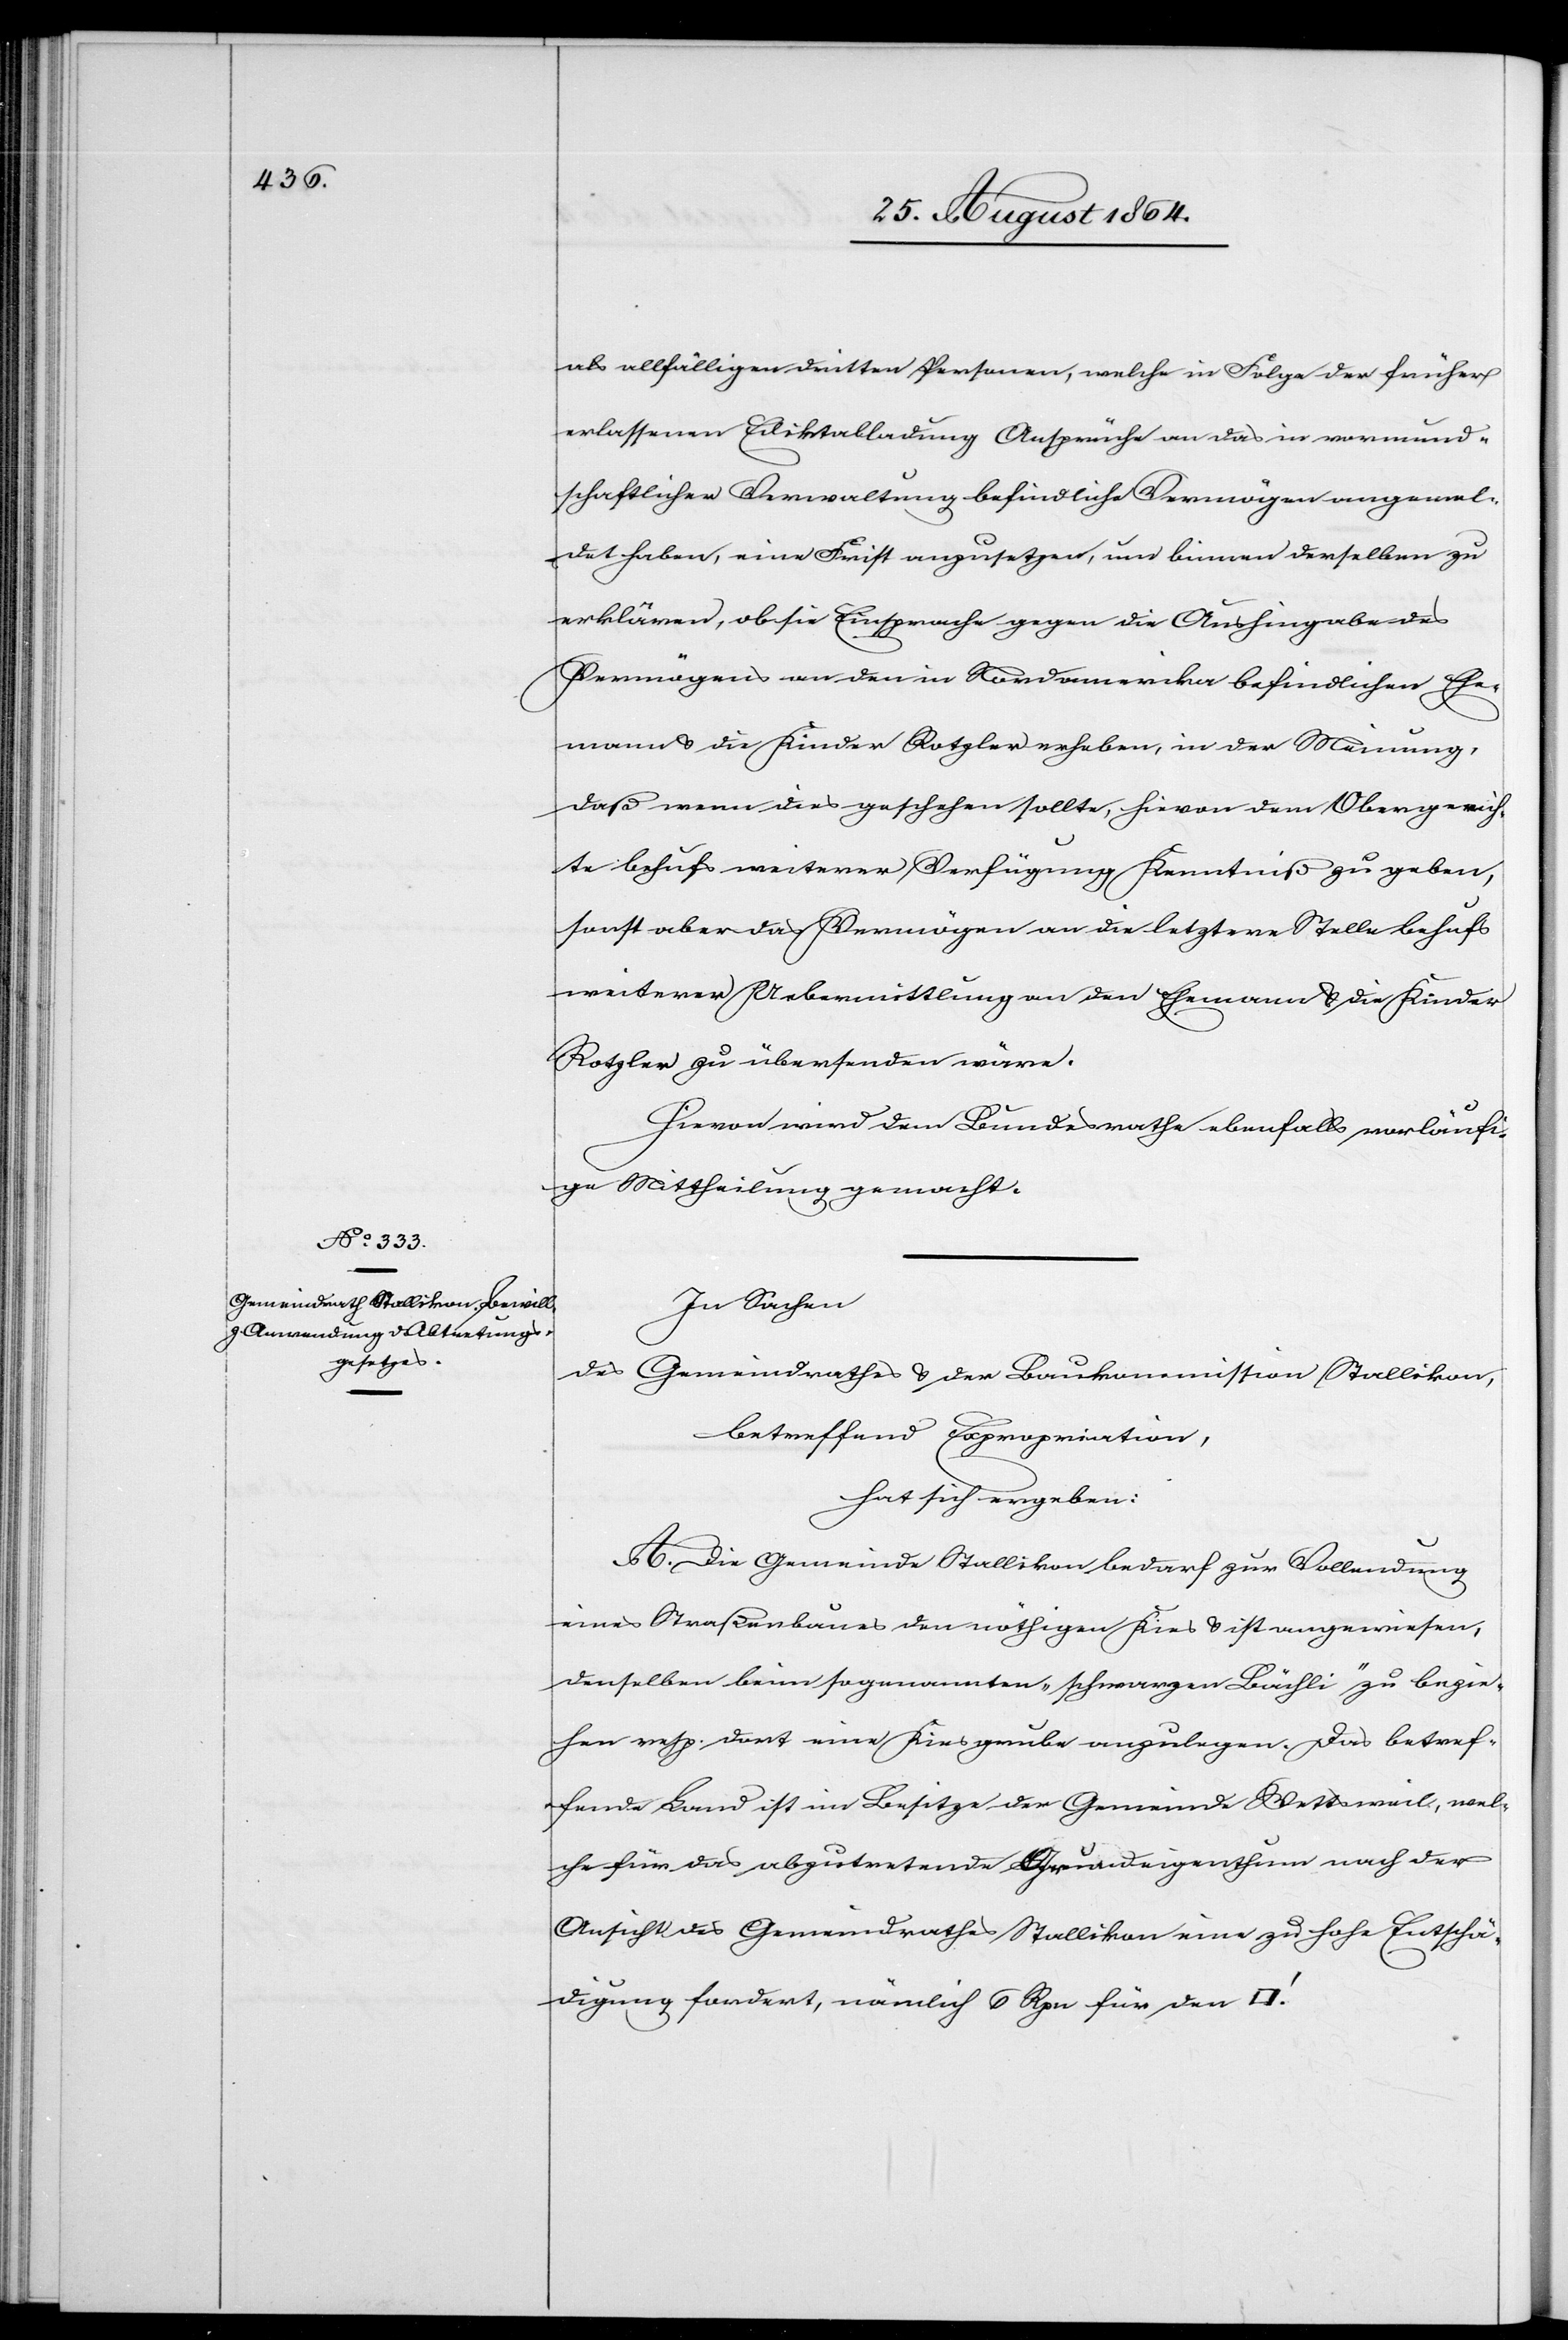
als allfälligen dritten Personen, welche in Folge der früher
erlassenen Ediktabladung Ansprüche an das in vormund¬
schaftlicher Verwaltung befindliche Vermögen angemel¬
det haben, eine Frist anzusetzen, um binnen derselben zu
erklären, ob sie Einsprache gegen die Aushingaben des
Vermögens an den in Nordamerika befindlichen Ehe¬
mann & die Kinder Rotzler erheben, in der Meinung,
daß wenn dies geschehen sollte, hievon dem Obergerich¬
te behufs weiterer Verfügung Kenntniß zu geben,
sonst aber das Vermögen an die letztere Stelle behufs
weiterer Uebermittlung an den Ehemann & die Kinder
Rotzler zu übersenden wäre.
Hievon wird dem Bundesrath ebenfalls vorläufi¬
ge Mittheilung gemacht.
In Sachen
des
Gemeindrath & der Baukommission Stallikon,
betreffend Expropriation,
hat sich ergeben:
A. Die Gemeinde Stallikon bedarf zur Vollendung
eines Straßenbaues den nöthigen Kies & ist angewiesen,
denselben beim sogenannten „schwarzen Bächli“ zu bezie¬
hen resp. dort eine Kiesgrube anzulegen. Das betref¬
fende Land ist im Besitze der Gemeinde Wettsweil, wel¬
che für das abzutretende Grundeigenthum nach der
Ansicht des Gemeindrath Stallikon zu hohe Entschä¬
digung fordert, nämlich 6 Rp. für den